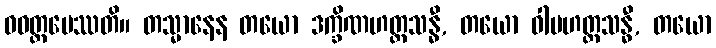
ဝဝတ္ထပေဿတိ။ တသ္မာနေန တယော ဒက္ခိဏဟတ္ထသန္ဓီ, တယော ဝါမဟတ္ထသန္ဓီ, တယော